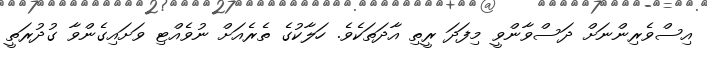
އިސްވެރިންނަށް ދަސްވާންވީ މިފަދަ ރީތި އާދަތަކެވެ. ހަލާކުގެ ތެރެއަށް ނުވެއްޓި ވަށައިގެންވާ ގުދުރަތީ